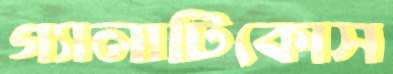
গ্যালাটিকোস